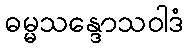
ဓမ္မသန္ဒောသဝါဒံ